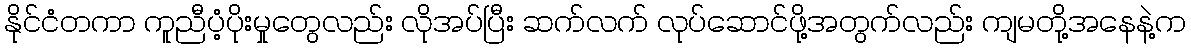
နိုင်ငံတကာ ကူညီပံ့ပိုးမှုတွေလည်း လိုအပ်ပြီး ဆက်လက် လုပ်ဆောင်ဖို့အတွက်လည်း ကျမတို့အနေနဲ့က